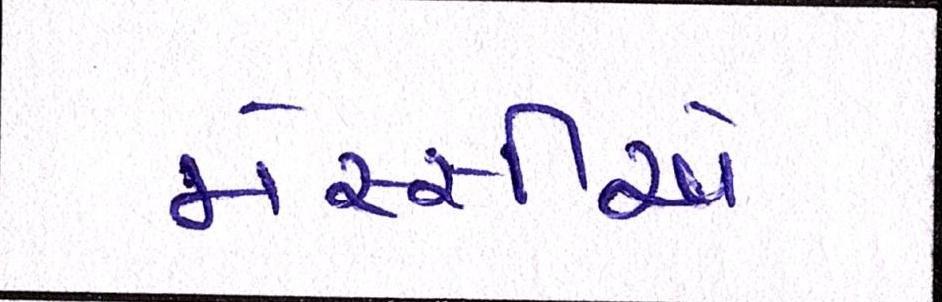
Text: મેસ્સીએ